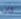
كان